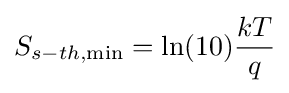
S_{s-th,\min }=\ln(10){kT \over q}